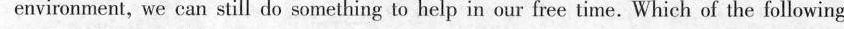
environment, we can still do something to help in our free time. Which of the following